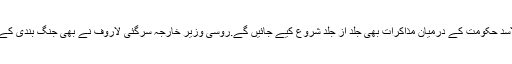
امریکی سیکریٹری آف سٹیٹ نے کہا کہ مزاحمت کاروں اور شامی صدر بشار الاسد حکومت کے درمیان مذاکرات بھی جلد از جلد شروع کیے جائیں گے.روسی وزیر خارجہ سرگئی لاروف نے بھی جنگ بندی کے فیصلے کو خوش آئند قرار دیتے ہوئے کہا کہ،\’ ہم نے آج ایک اچھا کام کیا ہے۔